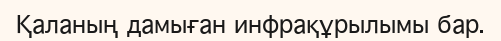
Қаланың дамыған инфрақұрылымы бар.